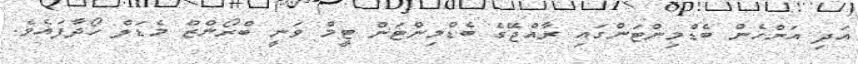
އަދި އަންހެން ބެޑްމިންޓަންގައި ރާއްޖޭގެ ބެޑްމިންޓަން ޓީމް ވަނީ ބްރޯންޒް މެޑަލް ހޯދާފައެވެ.